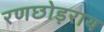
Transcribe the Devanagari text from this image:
रणछोड़राय